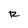
Character: R